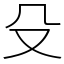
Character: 殳